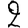
Digit: 2